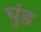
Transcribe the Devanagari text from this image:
घुंड